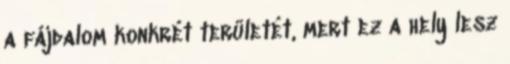
a fájdalom konkrét területét, mert ez a hely lesz